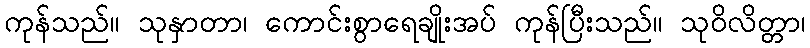
ကုန်သည်။ သုနှာတာ၊ ကောင်းစွာရေချိုးအပ် ကုန်ပြီးသည်။ သုဝိလိတ္တာ၊